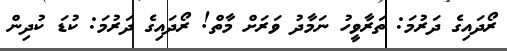
ރޯދައިގެ ދަރުމަ: ތަރާވީހު ނަމާދު ވަަރަށް މާތް! ރޯދައިގެ ދަރުމަ: ކުޑަ ކުދިން